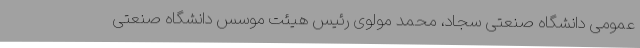
عمومی دانشگاه صنعتی سجاد، محمد مولوی رئیس هیئت موسس دانشگاه صنعتی